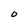
Character: O